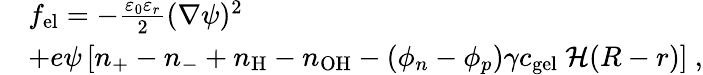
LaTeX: \begin{array}{rl}&{f_{\mathrm{el}}=-\frac{\varepsilon_{0}\varepsilon_{r}}{2}(\nabla\psi)^{2}}\\ &{+e\psi\left[n_{+}-n_{-}+n_{\mathrm{H}}-n_{\mathrm{OH}}-(\phi_{n}-\phi_{p})\gamma c_{\mathrm{gel}}~{\mathcal H}(R-r)\right]\ ,}\end{array}